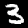
Digit: 3